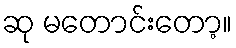
ဆု မတောင်းတော့။